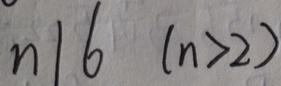
n \vert 6 ( n > 2 )